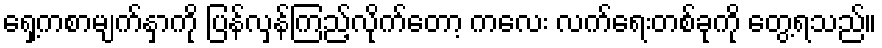
ရှေ့ကစာမျက်နှာကို ပြန်လှန်ကြည့်လိုက်တော့ ကလေး လက်ရေးတစ်ခုကို တွေ့ရသည်။